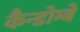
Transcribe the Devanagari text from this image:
कैन्डोम्बे